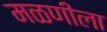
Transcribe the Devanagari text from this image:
मळणीला